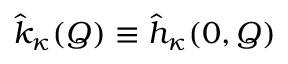
\hat { k } _ { \kappa } ( Q ) \equiv \hat { h } _ { \kappa } ( 0 , Q )